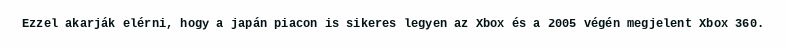
Ezzel akarják elérni, hogy a japán piacon is sikeres legyen az Xbox és a 2005 végén megjelent Xbox 360.